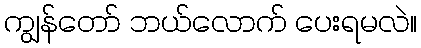
ကျွန်တော် ဘယ်လောက် ပေးရမလဲ။